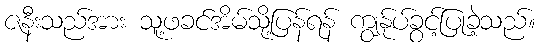
ဇနီးသည်အား သူ့ဖခင်အိမ်သို့ပြန်ရန် ကျွန်ုပ်ခွင့်ပြုခဲ့သည်။